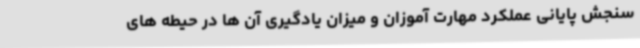
سنجش پایانی عملکرد مهارت آموزان و میزان یادگیری آن ها در حیطه های